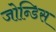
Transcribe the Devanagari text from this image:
जोन्डिस